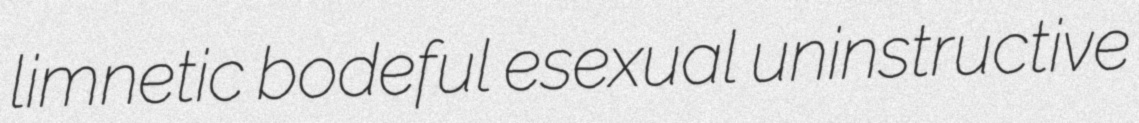
limnetic bodeful esexual uninstructive